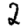
Digit: 2